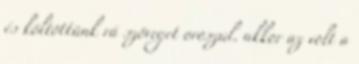
és költöttünk rá szöveget oroszul. akkor az volt a